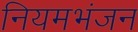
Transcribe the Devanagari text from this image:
नियमभंजन